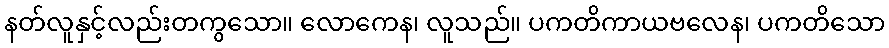
နတ်လူနှင့်လည်းတကွသော။ လောကေန၊ လူသည်။ ပကတိကာယဗလေန၊ ပကတိသော